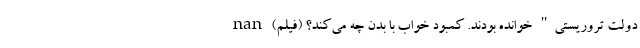
دولت تروریستی" خوانده بودند. کمبود خواب با بدن چه می‌کند؟ (فیلم) nan